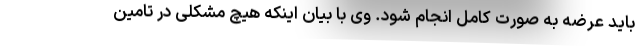
باید عرضه به صورت کامل انجام شود. وی با بیان اینکه هیچ مشکلی در تامین